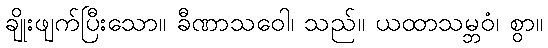
ချိုးဖျက်ပြီးသော။ ခီဏာသဝေါ၊ သည်။ ယထာသမ္ဘဝံ၊ စွာ။